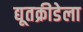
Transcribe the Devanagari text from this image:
द्यूतक्रीडेला